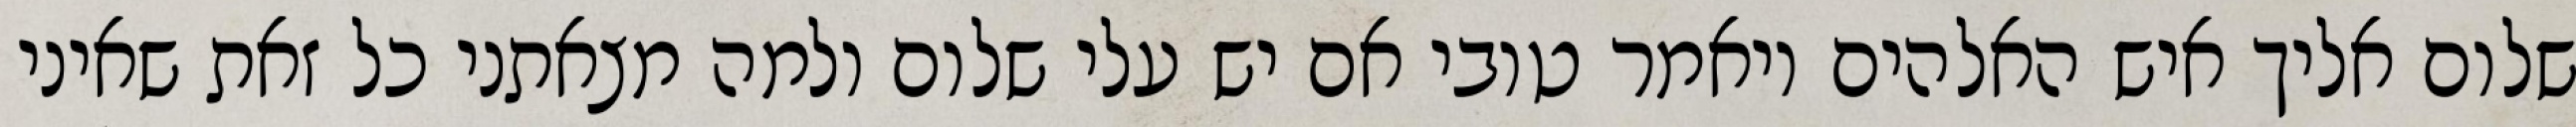
שלום אליך איש האלהים ויאמר טובי אם יש עלי שלום ולמה מצאתני כל זאת שאיני